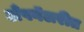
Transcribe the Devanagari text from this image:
अँपगॅलरीत